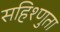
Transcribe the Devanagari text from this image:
सहिश्णुता